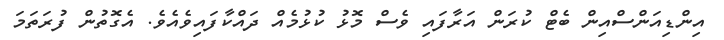
އިންޑިއަންސްއިން ބެޓް ކުރަން އަރާފައި ވެސް މޮޅު ކުޅުމެއް ދައްކާފައިވެއެވެ. އެގޮތުން ފުރަތަމަ